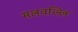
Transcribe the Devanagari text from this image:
मलवल्लि